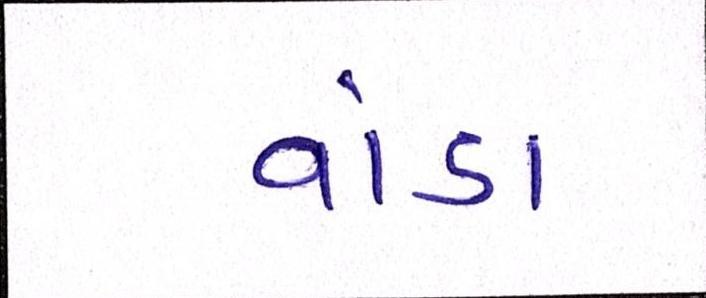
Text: વાંડા